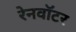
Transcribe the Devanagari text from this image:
रेनवॉटर